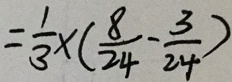
= \frac { 1 } { 3 } \times ( \frac { 8 } { 2 4 } - \frac { 3 } { 2 4 } )